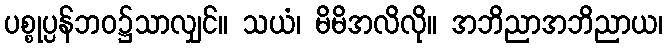
ပစ္စုပ္ပန်ဘဝ၌သာလျှင်။ သယံ၊ မိမိအလိလို။ အဘိညာအဘိညာယ၊